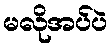
မလိုအပ်ပဲ